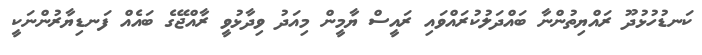
ކަނޑުހުޅުދޫ ރައްޔިތުންނާ ބައްދަލުކުރައްވައި ރައީސް ޔާމީން މިއަދު ވިދާޅުވީ ރާއްޖޭގެ ބައެއް ފަނޑިޔާރުންނަކީ